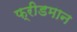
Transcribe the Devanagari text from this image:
फ्रीडमान